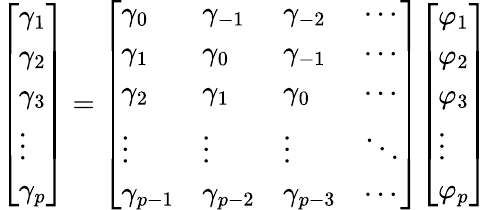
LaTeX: {\left[\begin{array}{l}{\gamma_{1}}\\ {\gamma_{2}}\\ {\gamma_{3}}\\ {\vdots}\\ {\gamma_{p}}\end{array}\right]}={\left[\begin{array}{llll}{\gamma_{0}}&{\gamma_{-1}}&{\gamma_{-2}}&{\cdots}\\ {\gamma_{1}}&{\gamma_{0}}&{\gamma_{-1}}&{\cdots}\\ {\gamma_{2}}&{\gamma_{1}}&{\gamma_{0}}&{\cdots}\\ {\vdots}&{\vdots}&{\vdots}&{\ddots}\\ {\gamma_{p-1}}&{\gamma_{p-2}}&{\gamma_{p-3}}&{\cdots}\end{array}\right]}{\left[\begin{array}{l}{\varphi_{1}}\\ {\varphi_{2}}\\ {\varphi_{3}}\\ {\vdots}\\ {\varphi_{p}}\end{array}\right]}